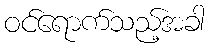
ဝင်ရောက်သည့်အခါ